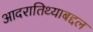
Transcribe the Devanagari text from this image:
आदरातिथ्याबद्दल